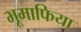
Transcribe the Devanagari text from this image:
भूमाफिया